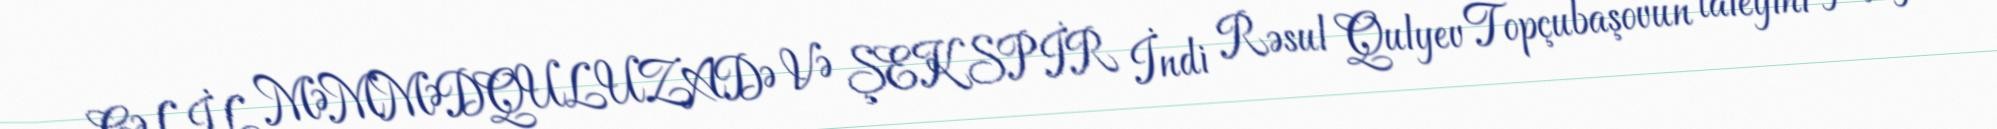
CƏLİL MƏMMƏDQULUZADƏ VƏ ŞEKSPİR İndi Rəsul Qulyev Topçubaşovun taleyini yaşaya